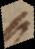
s